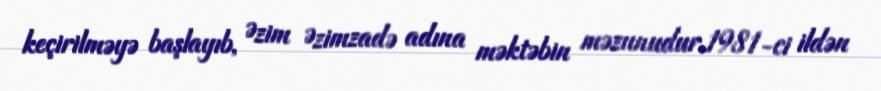
keçirilməyə başlayıb, Əzim Əzimzadə adına məktəbin məzunudur.1981-ci ildən